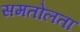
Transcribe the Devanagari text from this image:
समतोलता